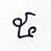
៥